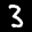
Label: 3